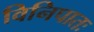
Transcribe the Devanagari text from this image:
विनिपातः